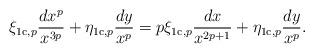
LaTeX: \begin{align*}\xi_{\mathrm{1c},p}\frac{dx^p}{x^{3p}} + \eta_{\mathrm{1c},p} \frac{dy}{x^p} = p \xi_{\mathrm{1c},p}\frac{dx}{x^{2p+1}}+\eta_{\mathrm{1c},p}\frac{dy}{x^p}. \end{align*}